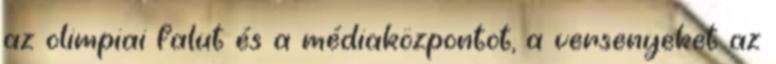
az olimpiai falut és a médiaközpontot, a versenyeket az